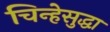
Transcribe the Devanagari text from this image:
चिन्हेसुद्धा